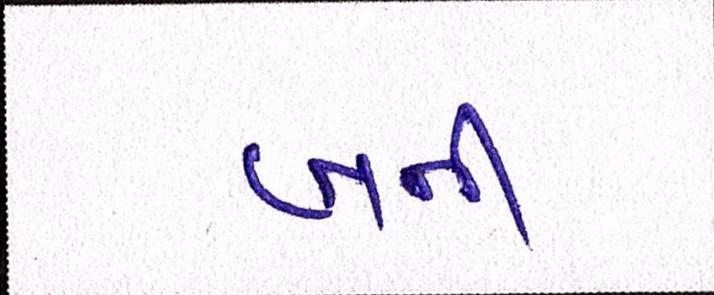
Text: બની